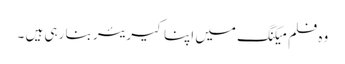
وہ فلم میکنگ میں اپنا کیریئر بنا رہی ہیں ۔